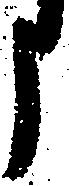
う